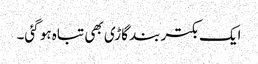
ایک بکتر بند گاڑی بھی تباہ ہو گئی۔